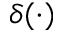
\delta ( \cdot )